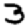
Digit: 3